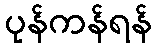
ပုန်ကန်ရန်